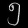
Digit: ၅